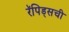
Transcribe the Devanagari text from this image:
रॅपिड्सची